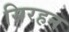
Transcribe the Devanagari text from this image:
सिरहन